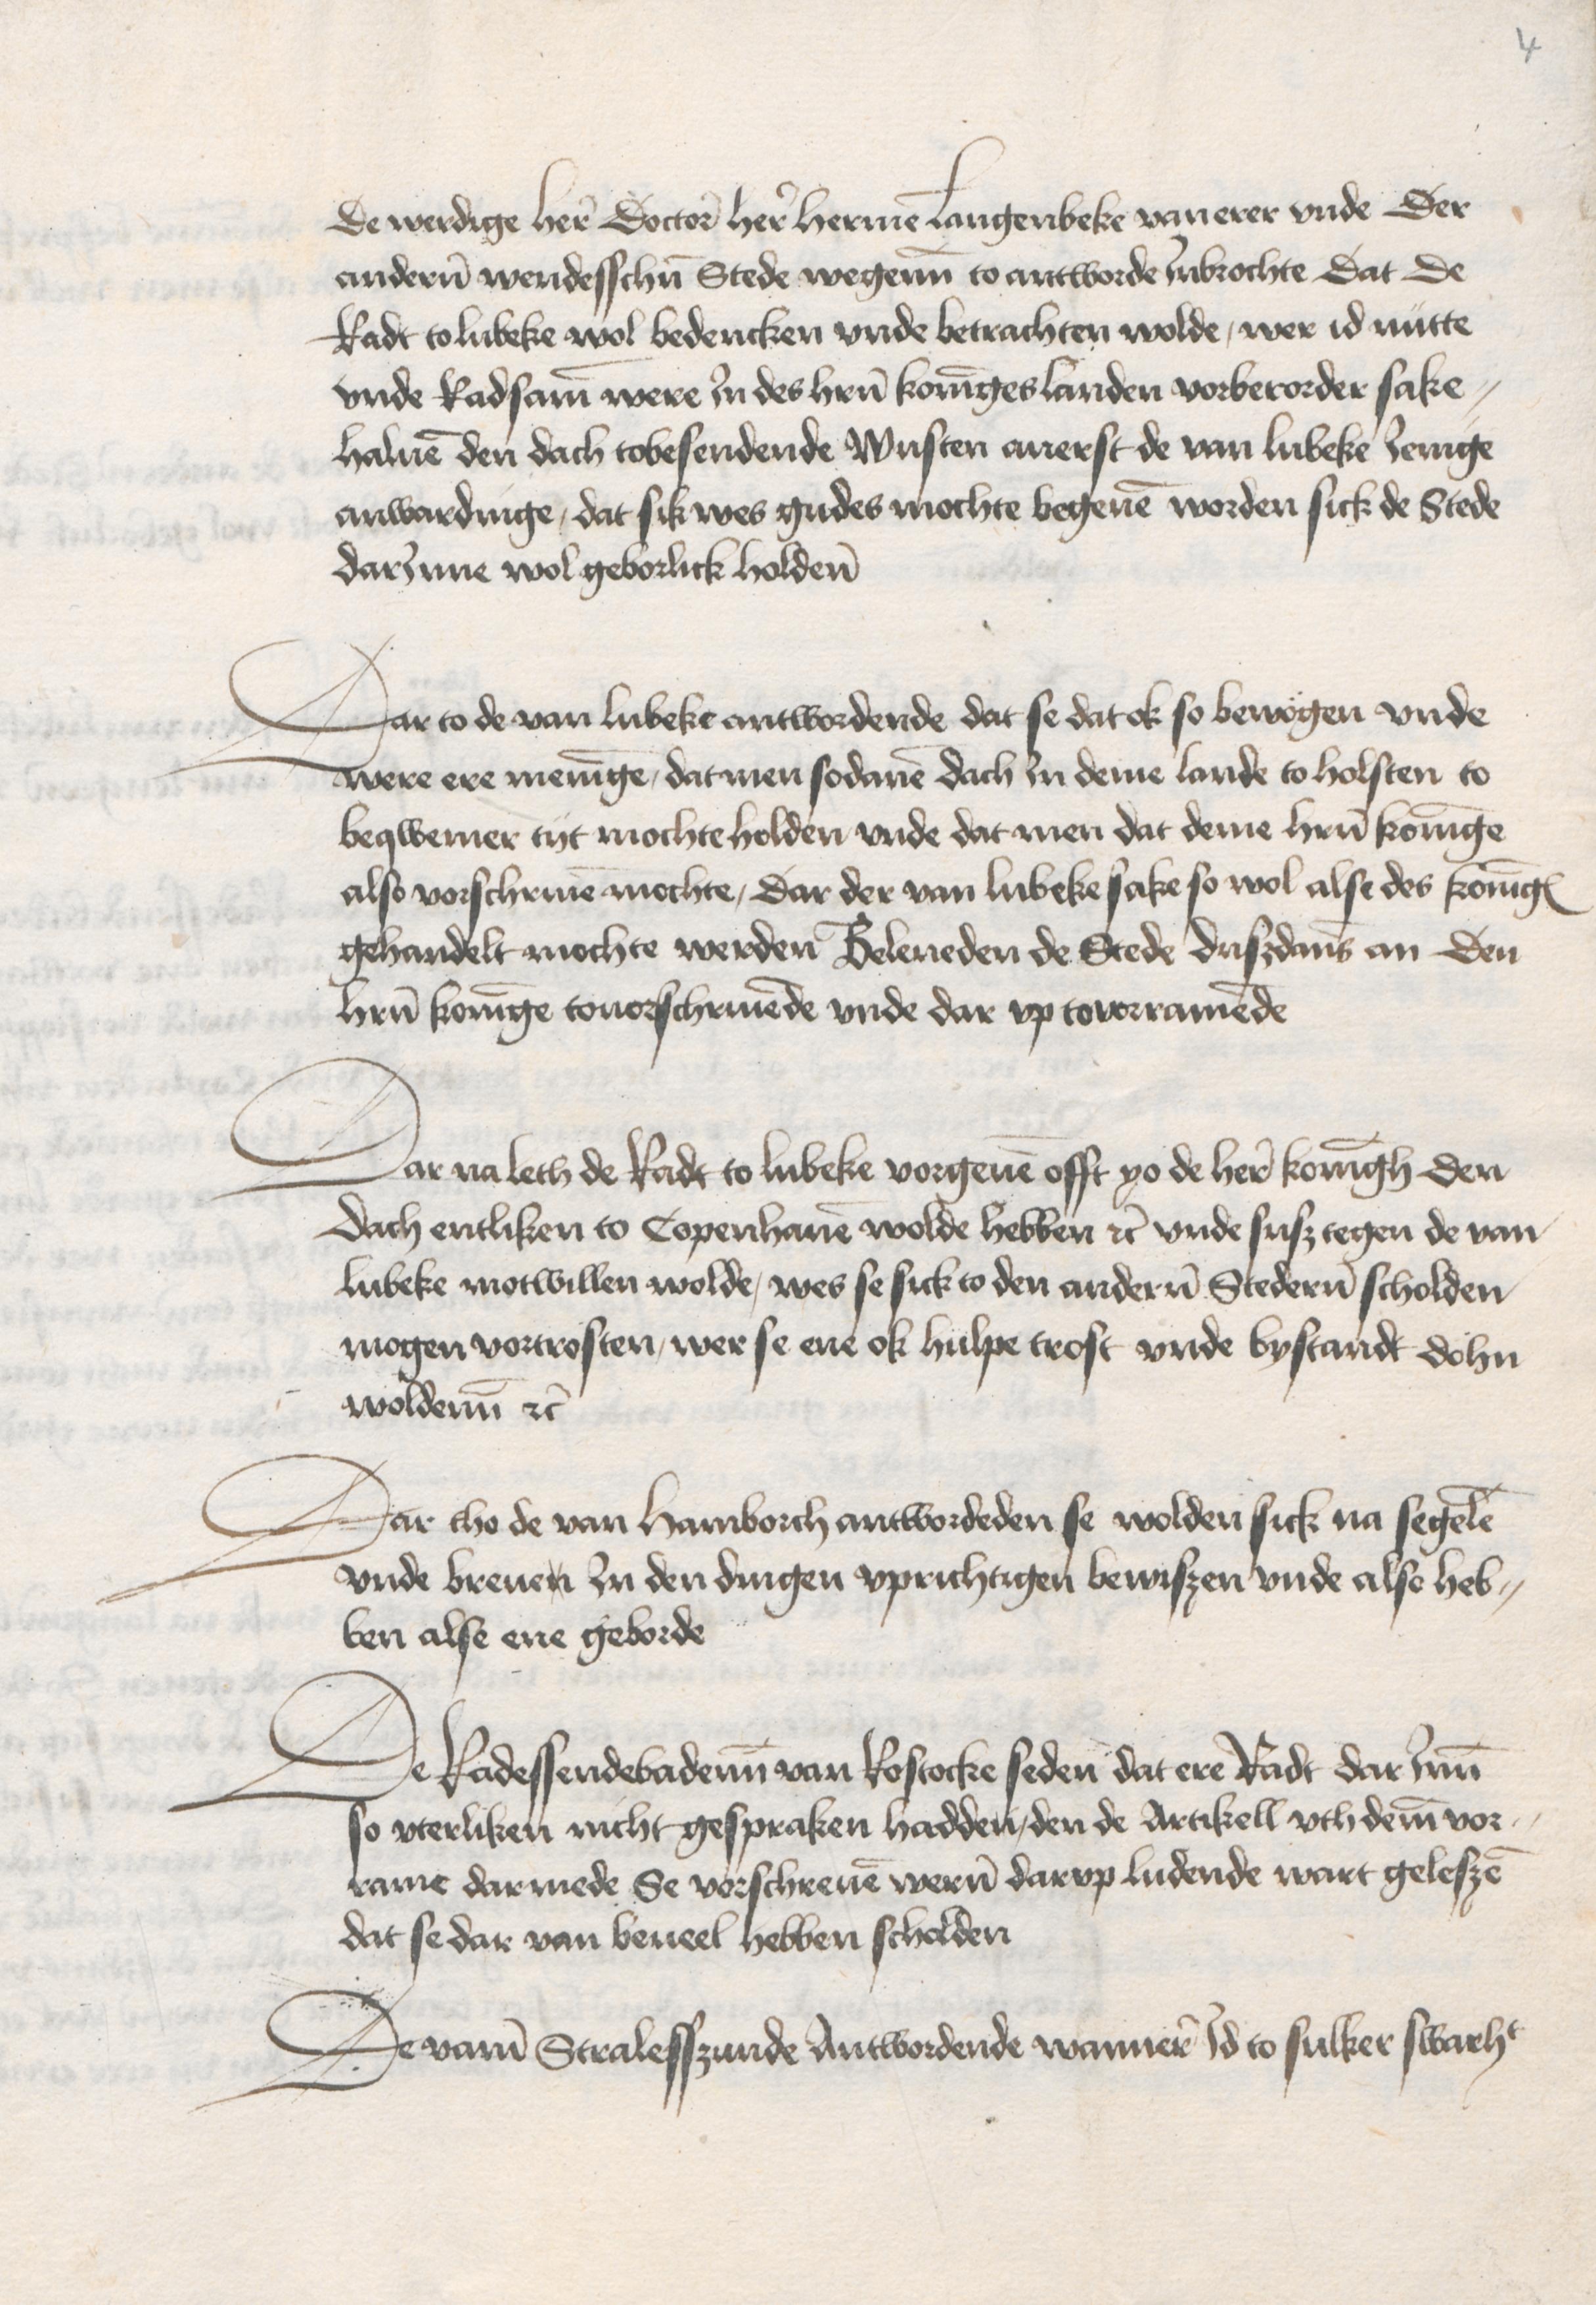
de werdige Here Doctore Here Hermen Langenbeke van erer vnde Der
anderen wendesschen Stede wegenen to antworde Inbrochte Dat De
Radt to Lubeke wol bedencken vnde betrachten wolde, wer id nütte
vnde Radsam were Jn des heren koninges landen vorberorder sake¬
haluen den dach tobesendende Wusten auerst de van Lubeke Jenige
anwardinge, dat sik wes gudes mochte begeuen worden sick de Stede
darJnne wol geborlick holdenn

Dar to de van Lubeke antwordende dat se dat ok so bewogen vnde
were ere meninge, dat men sodanen dach in deme lande to Holsten to
beqwemer tijt mochte holden vnde dat men dat deme heren koninge
also vorschriuen mochte, Dar der van Lubeke sake so wol alse des koninges
gehandelt mochte werden Beleueden de Stede duszdans an Den
heren koninge touorschriuende vnde dar vp tovrramende

Dar na leth de Radt to Lubeke vorgeuen offt yo de here koningh Den
Dach entliken to Copenhauen wolde hebben etc vnde susz tegen de van
Lubeke motwillen wolde, wes se sick to den anderen ten Stedernn scholden
mogen vortrosten, wer se ene ok hulpe trost vnde bystandt dohn
woldenn etc

Dar tho de van Hamborch antwordeden se wolden sick na segelen
vnde breuen Jn den dingen vprichtigen bewiszen vnde alse heb¬
ben alse ene geborde

De Radessendebadenn van Rostocke seden dat ere Radt dar Jnne
so vterliken nicht gespraken hadden, den de Artikell vth deme vor¬
rame darmede Se vorschreuen weren darvp Ludende wart geleszen
dat se dar van beueel hebben scholden

De vame Stralesszunde Antwordende wannere Jd to sulker swarheit